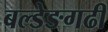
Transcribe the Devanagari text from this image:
बल्डेङगढी